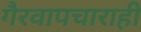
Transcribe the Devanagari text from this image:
गैरवापचाराही